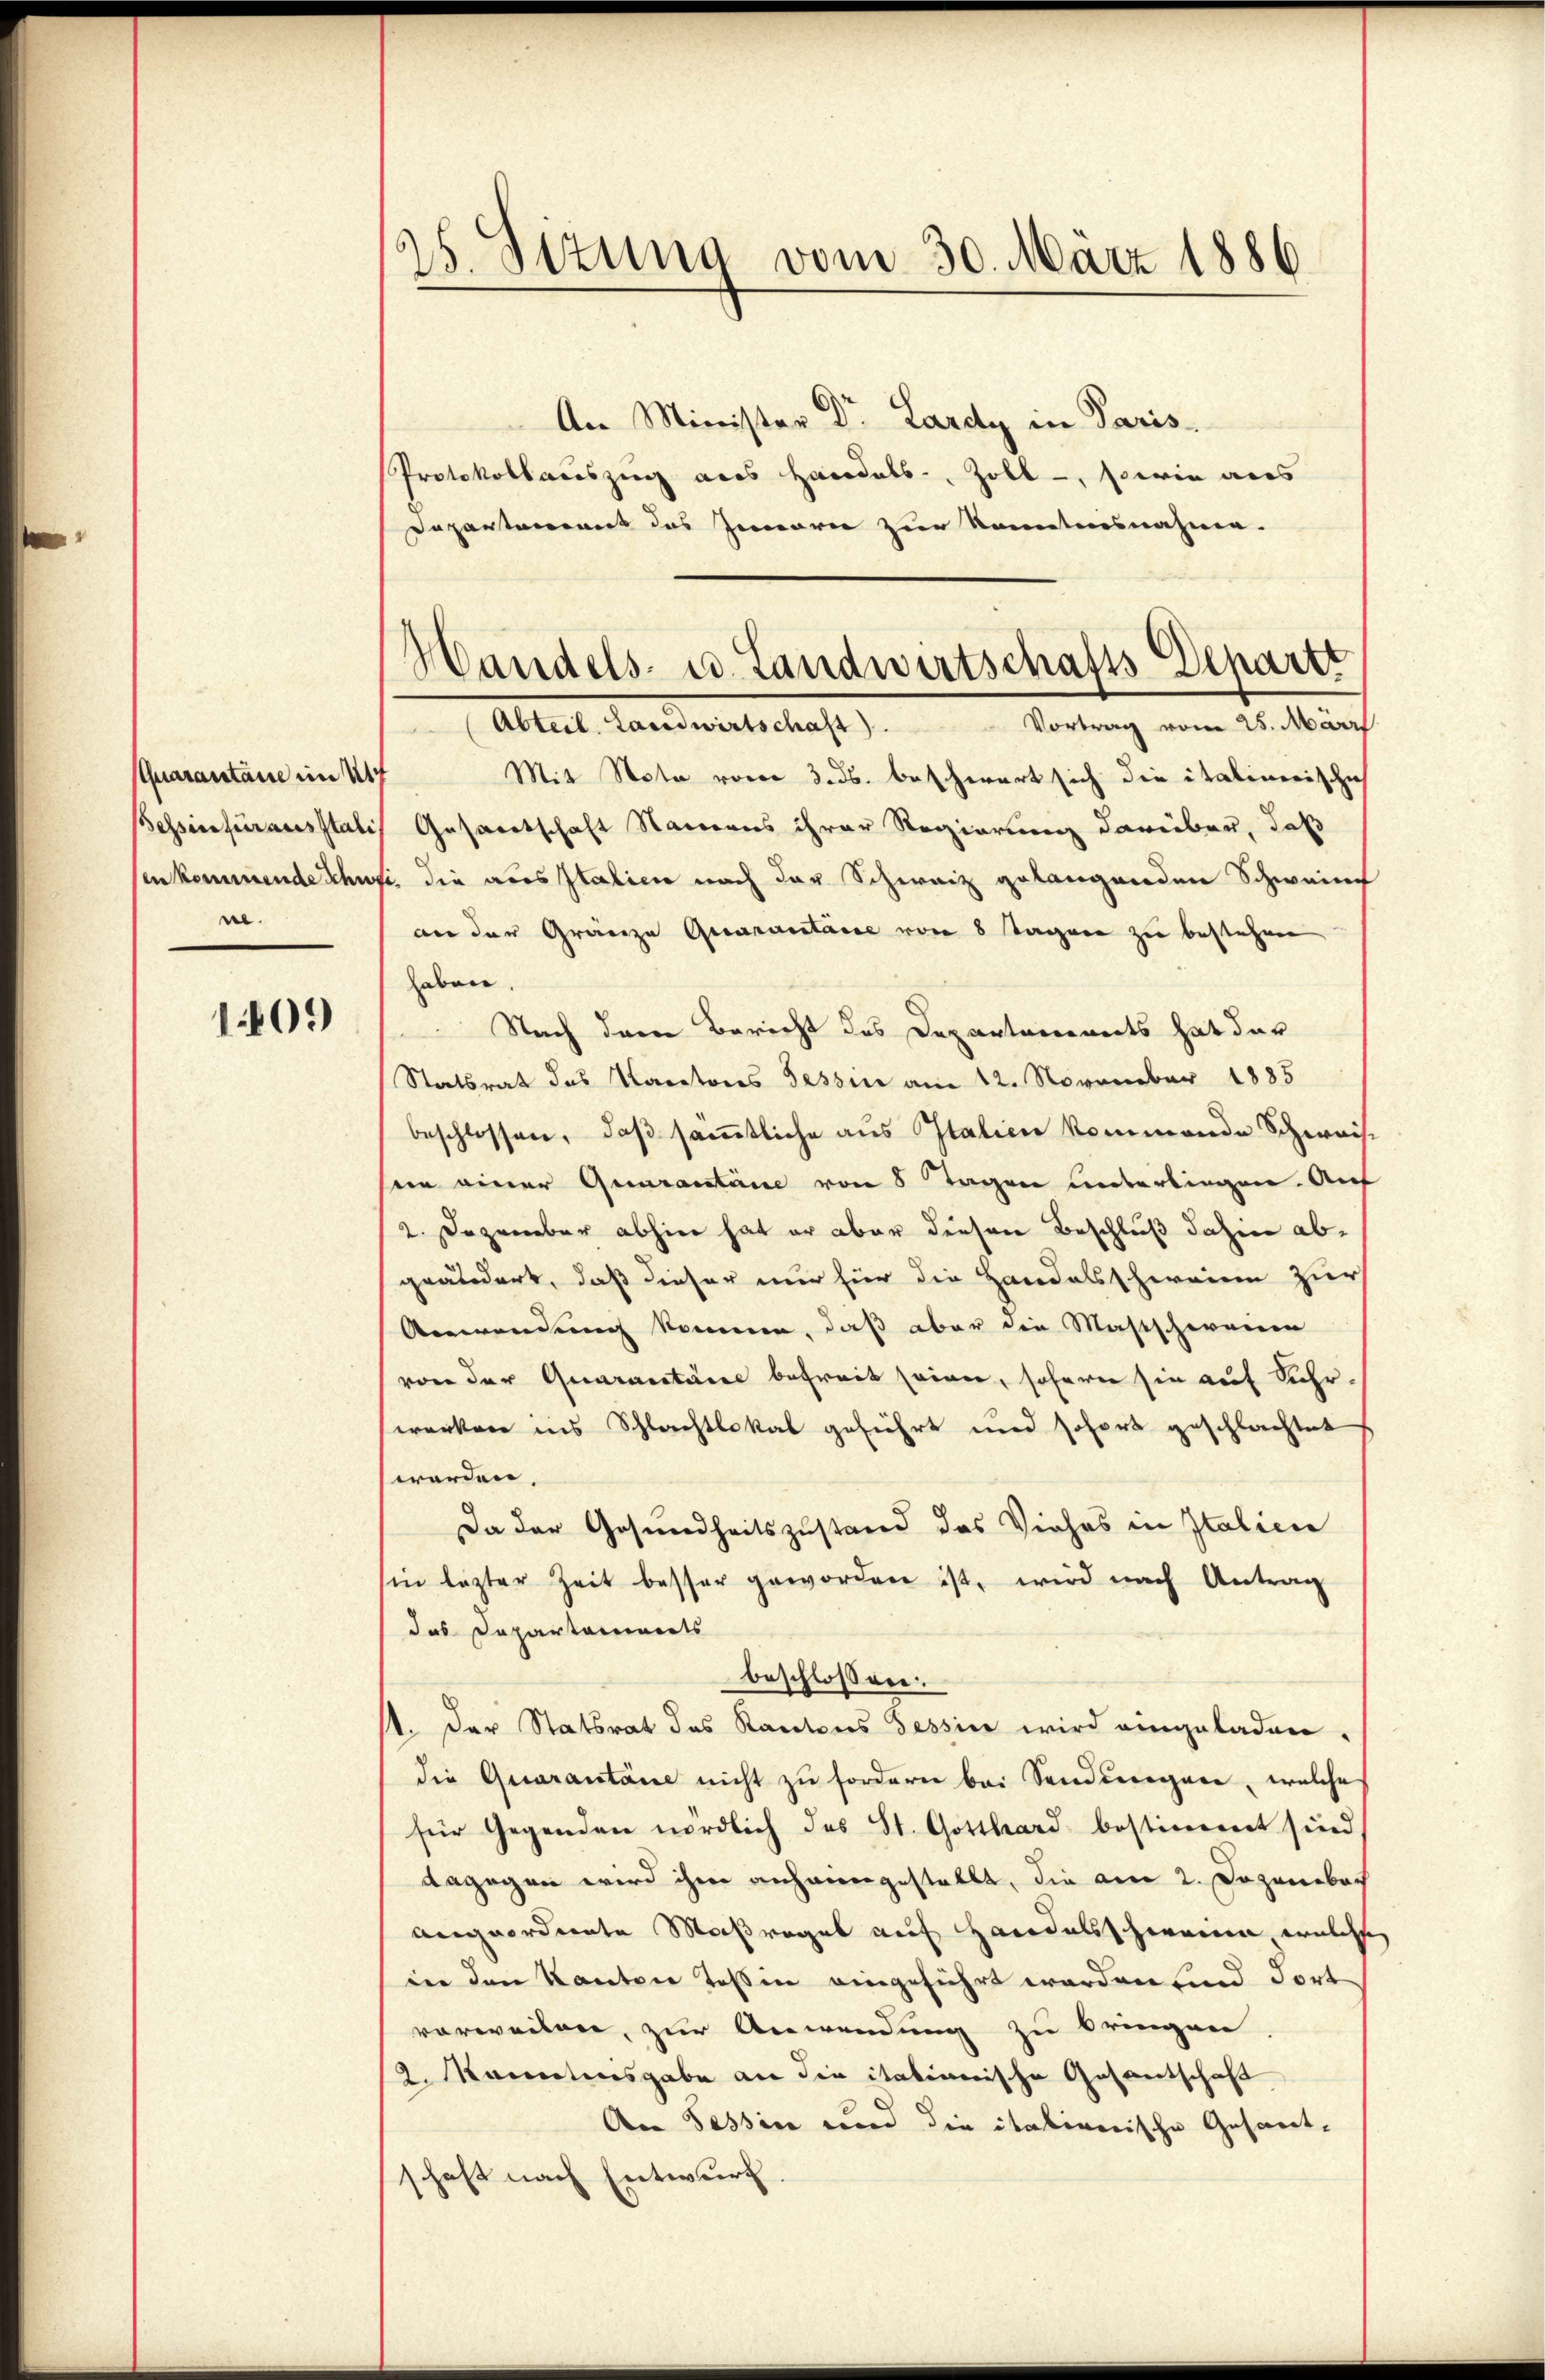
(Quarantane im 11
ne.

1809

25. Sizung vom 30. März 1886

An Minister Dr. Lardy in Paris
Protokollauszug aus Handats-, Zoll, sowie aus
Departement das Innern zur Kenntnisnahme.

Handels- u. Landwirtschafts-Departe

Vortrag vom 25. Märzt
Abteil, Landerentschaft).
Mit Nota vom 3. ds. beschwert sich die italinerische
Bessenfurausstatis Gesandtschaft Namens ihrer Regierung darüber, daß
senkommende Schwie die aus Italien nach der Schweiz gelangenden Schweine
an der Gränze Quarantaire von 8 Tagen zu bestehen
haben.
Nach dem Bericht des Departarinets hat der
Statsrat das Kantons Tessin am 12. November 1885
beschlossen, daß sämtliche aus Italien kommende Schweise
in einer Quarantane von 8 Tagen unterliegen. Auf
2. Dezember abhier hat er aber diesen Beschluß dahin abgeändert, daß dieser nur für die Handelschweine zur
Anwendung komme, daß aber die Mastschereine
von der Quarantane befreit seiner, sofern sie auf Fahrwerken ins Schlachtlokal geführt und sofort geschlachtet
werden,
Da der Gesundheitszustand das Viehes in Italicie
sin lezter Zeit besser geworden ist, wird nach Antrag
das Departamierts
beschlossen:
st. Der Statsrat des Kantons Tessin wird eingeladen.
die Quarantane nicht zu fordern bei Sandsregare, welches
für Gegenden nördlich das St. Gotthard bestimmt sind
dagegen wird ihrer anharengestellt, die am 2. Dozenbach
angeordnete Maßregel auf Handelsschweine welche
in den Kanton Tessin eingeführt worden und dort
vorweilen, zur Anwendung zu bringen
2. Kanntnisgabe an die itationische Gesantschaft
An Tessin und die italienische Gesant-
schaft nach Entwurf